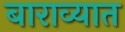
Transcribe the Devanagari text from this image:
बाराव्यात